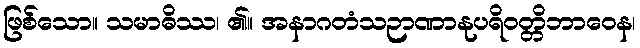
ဖြစ်သော။ သမာဓိဿ၊ ၏။ အနာဂတံသဉာဏာနုပရိဝတ္တိဘာဝေန၊